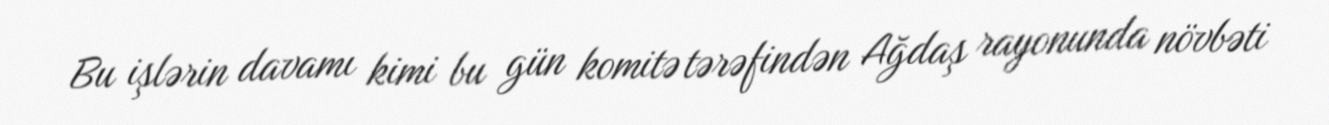
Bu işlərin davamı kimi bu gün komitə tərəfindən Ağdaş rayonunda növbəti